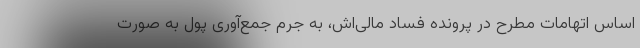
اساس اتهامات مطرح در پرونده فساد مالی‌اش، به جرم جمع‌آوری پول به صورت